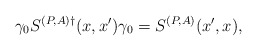
\begin{align*}\gamma_0 S^{(P,A)\dagger}(x,x')\gamma_0=S^{(P,A)}(x',x),\end{align*}